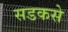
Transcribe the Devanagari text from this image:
सडकसे